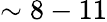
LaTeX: \sim 8-11